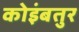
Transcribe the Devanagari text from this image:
कोइंबतुर